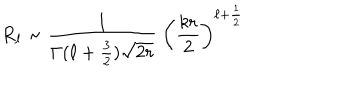
R _ { \ell } \sim { \frac { 1 } { \Gamma ( \ell + { \frac { 3 } { 2 } } ) \sqrt { 2 r } } } \; \left( { \frac { k r } { 2 } } \right) ^ { \ell + { \frac { 1 } { 2 } } }